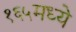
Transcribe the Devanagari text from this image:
१६५मध्ये